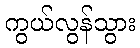
ကွယ်လွန်သွား